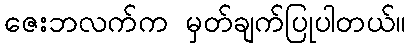
ဇေးဘလက်က မှတ်ချက်ပြုပါတယ်။